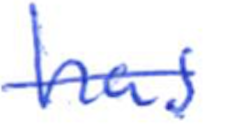
Text: has
Cross-out: single-line
Writing tool: ballpoint